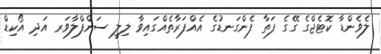
ލެވެންޑާ ކޮޓެޖްގެ ގޭގެ ފަތާ ފެންގަނޑުގެ އެއްފަރާތެއްގައިވާ ލިލީ ސަންފްލާވަރ އަދި އޯކިޑް